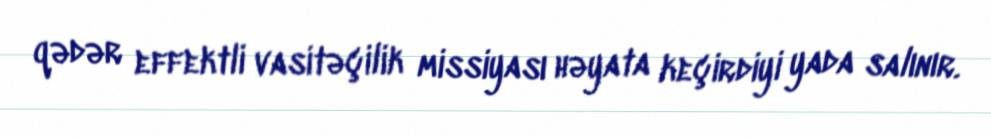
qədər effektli vasitəçilik missiyası həyata keçirdiyi yada salınır.